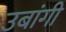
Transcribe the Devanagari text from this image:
उबांगी